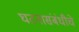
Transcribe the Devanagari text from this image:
घटनासंबंधीचे